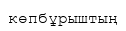
көпбұрыштың